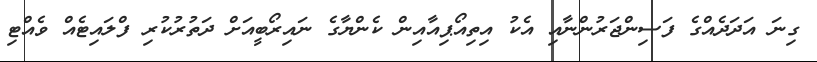
ގިނަ އަދަދެއްގެ ފަސިންޖަރުންނާއި އެކު އިތިއޯޕިއާއިން ކެންޔާގެ ނައިރޯބީއަށް ދަތުރުކުރި ފްލައިޓެއް ވެއްޓި